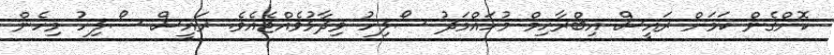
ކޮށްގެން ކަމަށް ރައީސް އިބްރާހިމް މުހައްމަދު ސޯލިހު ވިދާޅުވެއްޖެއެވެ. ރައީސް ސޯލިހު މިހެން